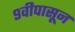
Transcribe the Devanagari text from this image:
९वीपासून